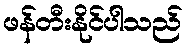
ဖန်တီးနိုင်ပါသည်